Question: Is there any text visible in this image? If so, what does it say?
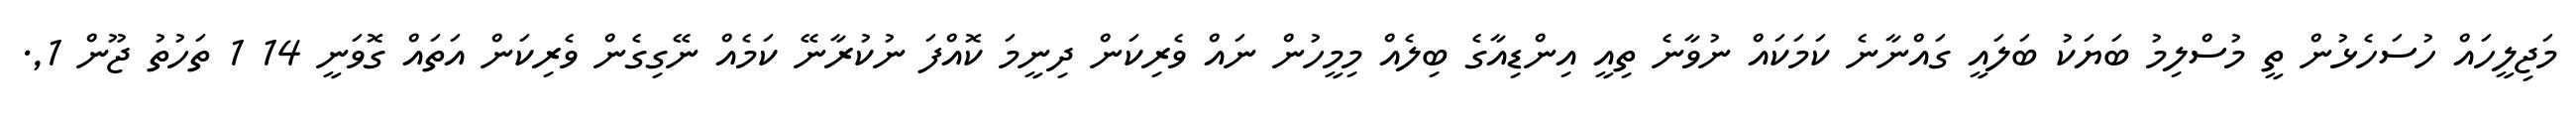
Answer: މަޖިލީހައް ހުސަހެޅުން ތީ މުސްލިމު ބަޔަކު ބަލައީ ގައްނާނެ ކަމަކައް ނުވާނެ ތިއީ އިންޑިއާގެ ބިލެއް މިމީހުން ނައް ވެރިކަން ދިނީމަ ކޮއްފަ ނުކުރާނޭ ކަމެއް ނޭގިގެން ވެރިކަން އަތައް ގޮވަނީ 14 1 ތަހުތު ޖޫން 1,.